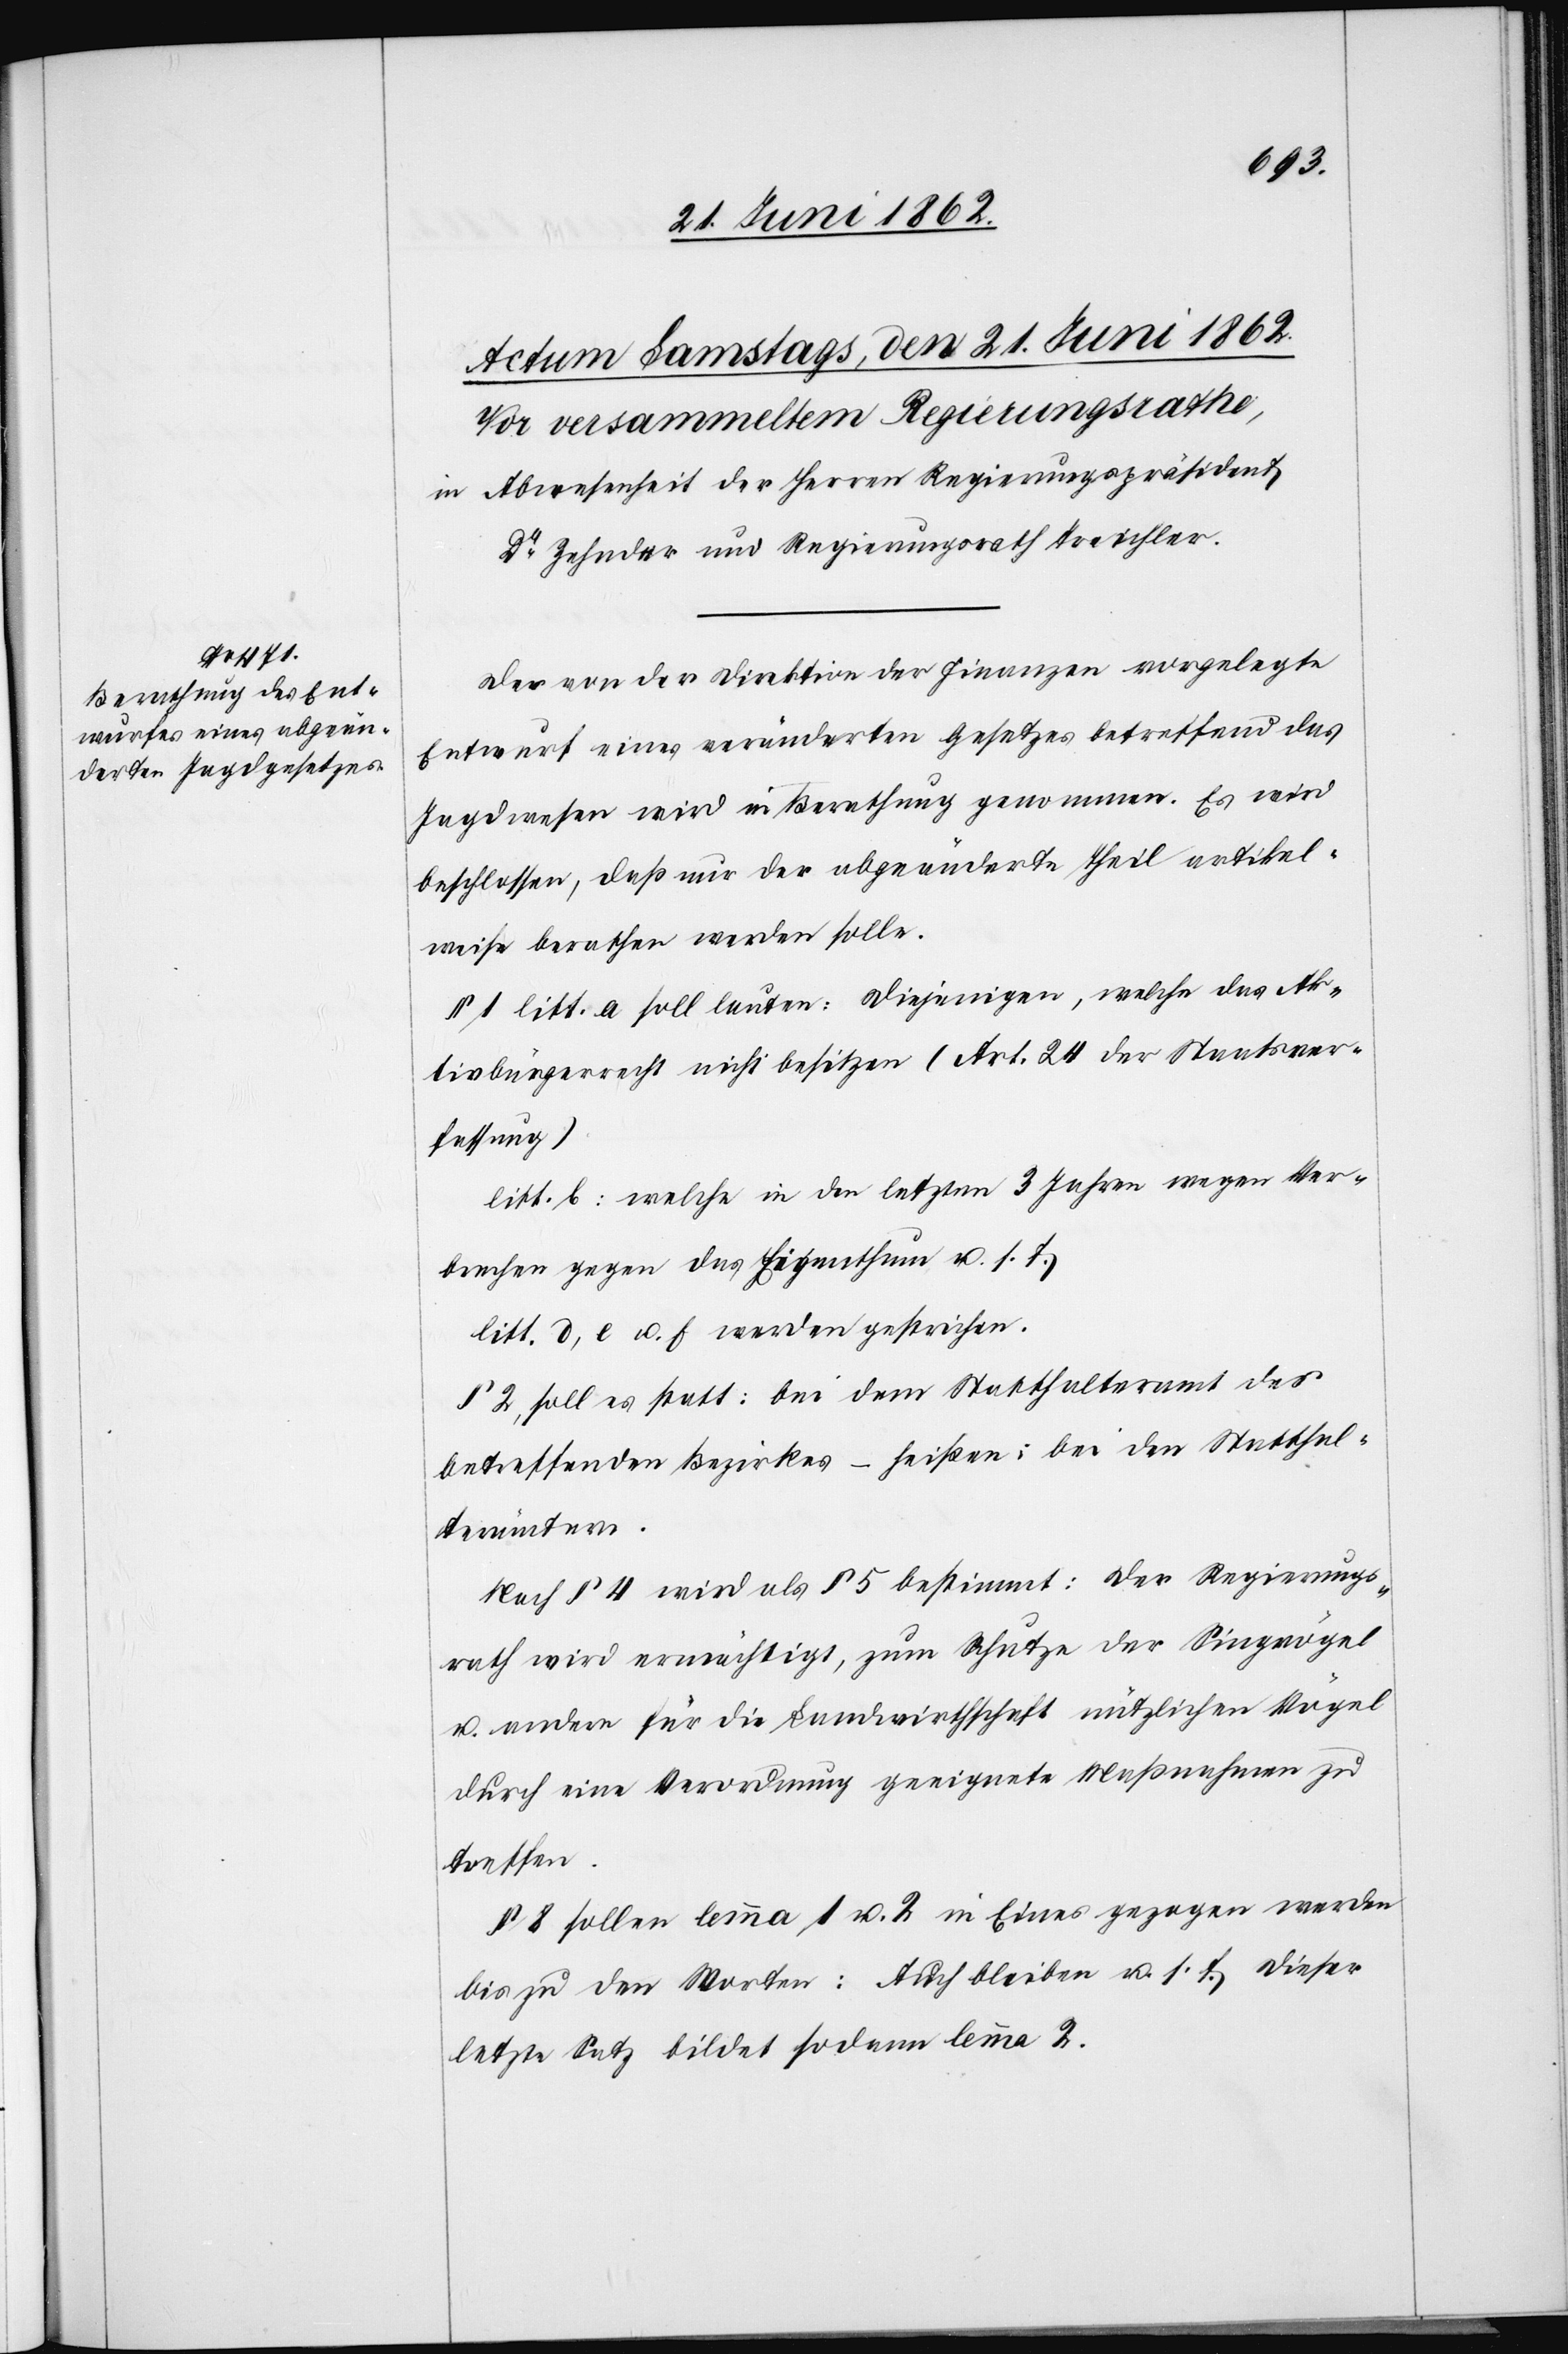
Der von der Direktion der Finanzen vorgelegte
Entwurf eines veränderten Gesetzes betreffend das
Jagdwesen wird in Berathung genommen. Es wird
beschlossen, daß nur der abgeänderte Theil artikel¬
weise berathen werden solle.
§ 1 litt. a soll lauten: Diejenigen, welche das Ak¬
tivbürgerrecht nicht besitzen (Art. 24 der Staatsver¬
fassung)
litt. b: welche in den letzten 3 Jahren wegen Ver¬
brechen gegen das Eigenthum u. s. f.
litt. d, e u. f werden gestrichen.
§ 2, soll es statt: bei dem Statthalteramt des
betreffenden Bezirkes – heißen: bei den Statthal¬
terämtern.
Nach § 4 wird als § 5 bestimmt: Der Regierungs¬
rath wird ermächtigt, zum Schutze der Singvögel
u. andere für die Landwirthschaft nützlichen Vögel
durch eine Verordnung geeignete Maßnahmen zu
treffen.
§ 8 sollen lemma 1 u. 2 in Eines gezogen werden
bis zu den Worten: Auch bleiben u. s. f. Dieser
letzte Satz bildet sodann Lemma 2.